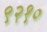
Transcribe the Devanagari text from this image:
९२१०